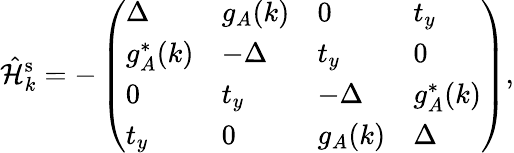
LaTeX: \hat{\mathcal{H}}_{k}^{\mathrm{s}}=-\left(\begin{array}{llll}{\Delta}&{g_{A}(k)}&{0}&{t_{y}}\\ {g_{A}^{*}(k)}&{-\Delta}&{t_{y}}&{0}\\ {0}&{t_{y}}&{-\Delta}&{g_{A}^{*}(k)}\\ {t_{y}}&{0}&{g_{A}(k)}&{\Delta}\end{array}\right)\mathrm{,}